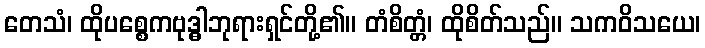
တေသံ၊ ထိုပစ္စေကဗုဒ္ဓါဘုရားရှင်တို့၏။ တံစိတ္တံ၊ ထိုစိတ်သည်။ သကဝိသယေ၊